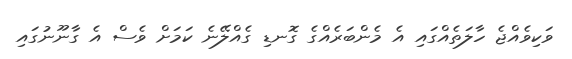
ވަކިވެއްޖެ ހާލަތެއްގައި އެ މެންބަރެއްގެ ގޮނޑި ގެއްލޭނެ ކަމަށް ވެސް އެ ގާނޫނުގައި